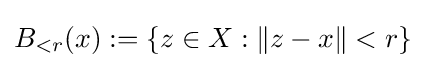
{\textstyle B_{<r}(x):=\{z\in X:\|z-x\|<r\}}